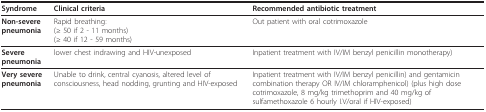
<table><thead><tr><td><b>Syndrome</b></td><td><b>Clinical criteria</b></td><td><b>Recommended antibiotic treatment</b></td></tr></thead><tbody><tr><td><b>Non-severe pneumonia</b></td><td>Rapid breathing:(≥ 50 if 2 - 11 months)(≥ 40 if 12 - 59 months)</td><td>Out patient with oral cotrimoxazole</td></tr><tr><td><b>Severe pneumonia</b></td><td>lower chest indrawing and HIV-unexposed</td><td>Inpatient treatment with IV/IM benzyl penicillin monotherapy)</td></tr><tr><td><b>Very severe pneumonia</b></td><td>Unable to drink, central cyanosis, altered level of consciousness, head nodding, grunting and HIV-exposed</td><td>Inpatient treatment with IV/IM benzyl penicillin) and gentamicin combination therapy OR IV/IM chloramphenicol) (plus high dose cotrimoxazole, 8 mg/kg trimethoprim and 40 mg/kg of sulfamethoxazole 6 hourly I.V/oral if HIV-exposed)</td></tr></tbody></table>